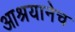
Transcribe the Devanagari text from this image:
आश्रयानेच